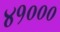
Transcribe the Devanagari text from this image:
४१०००